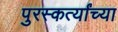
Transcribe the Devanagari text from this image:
पुरस्कर्त्यांच्या